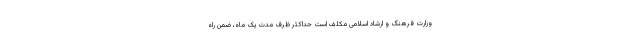
وزارت فرهنگ و ارشاد اسلامی مکلف است حداکثر ظرف مدت یک ماه، ضمن راه